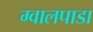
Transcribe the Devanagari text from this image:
ग्वालपाडा